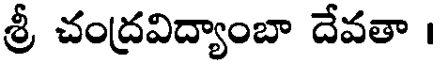
శ్రీ చంద్రవిద్యాంబా దేవతా ।